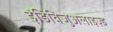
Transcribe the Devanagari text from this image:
इंडिविजुअलाइज़्ड